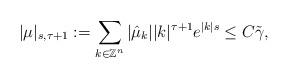
LaTeX: \begin{align*}|\mu|_{s,\tau+1}:=\sum_{k\in\mathbb{Z}^n}|\hat{\mu}_k||k|^{\tau+1}e^{|k|s}\leq C\tilde{\gamma},\end{align*}